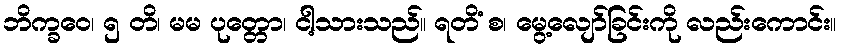
ဘိက္ခဝေ၊ ၅ တိ၊ မမ ပုတ္တော၊ ငါ့သားသည်။ ရတိံ စ၊ မွေ့လျော်ခြင်းကို လည်းကောင်း။